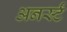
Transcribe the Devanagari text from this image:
अनर्स्टं